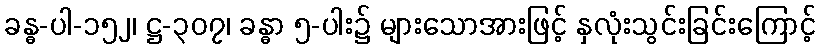
ခန္ဓ-ပါ-၁၅၂၊ ဋ္ဌ-၃၀၇၊ ခန္ဓာ ၅-ပါး၌ များသောအားဖြင့် နှလုံးသွင်းခြင်းကြောင့်